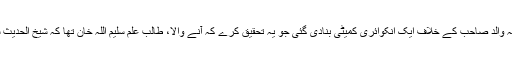
خلاصہ یہ کہ والد صاحب کے خلاف ایک انکوائری کمیٹی بنادی گئی جو یہ تحقیق کرے کہ آنے والا، طالب علم سلیم اللہ خان تھا کہ شیخ الحدیث سلیم اللہ خان۔